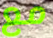
مع